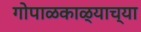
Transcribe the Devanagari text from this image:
गोपाळकाळ्याच्या